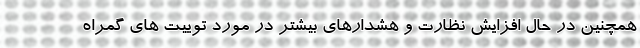
همچنین در حال افزایش نظارت و هشدارهای بیشتر در مورد توییت های گمراه